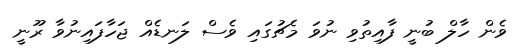
ވެން ހާލް ބުނީ ފާއިތުވި ނުވަ މެޗުގައި ވެސް ލަނޑެއް ޖަހާފައިނުވާ ރޫނީ